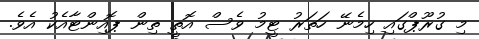
މި ގުރޫޕްގައި ހިމެނޭ ހަތަރު ޓީމު ވެސް އޮތީ ތިން ޕޮއިންޓާއެކު އެވެ.